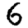
Digit: 6